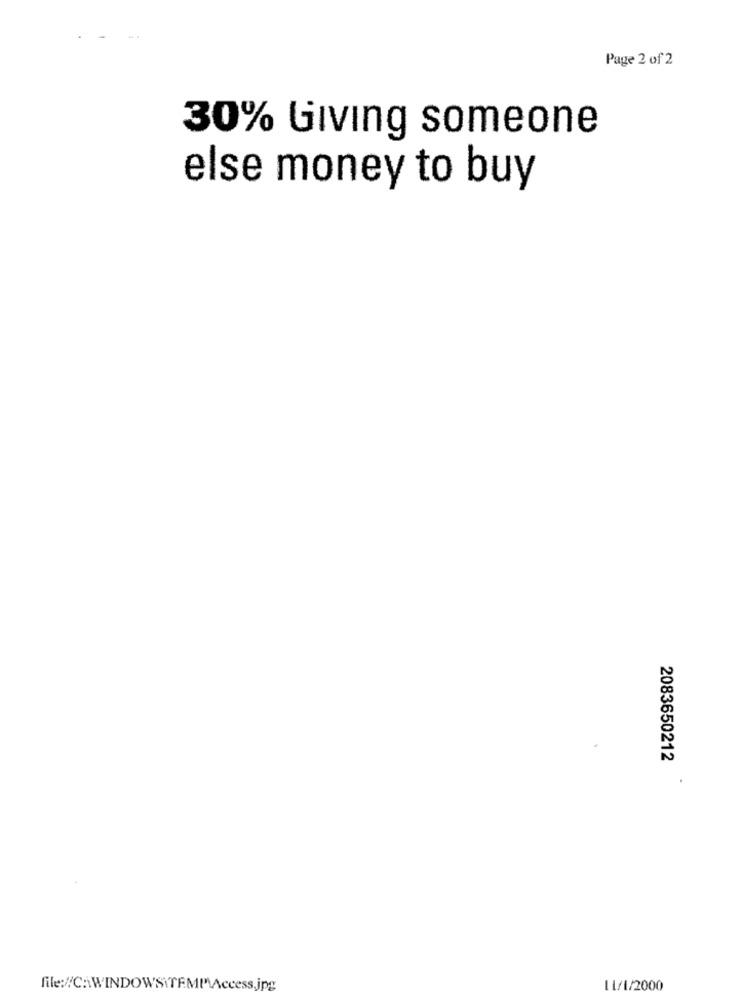
Page 2 of 2
30% Giving someone
else money to buy
2083650212
LL/1/2000